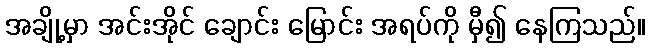
အချို့မှာ အင်းအိုင် ချောင်း မြောင်း အရပ်ကို မှီ၍ နေကြသည်။